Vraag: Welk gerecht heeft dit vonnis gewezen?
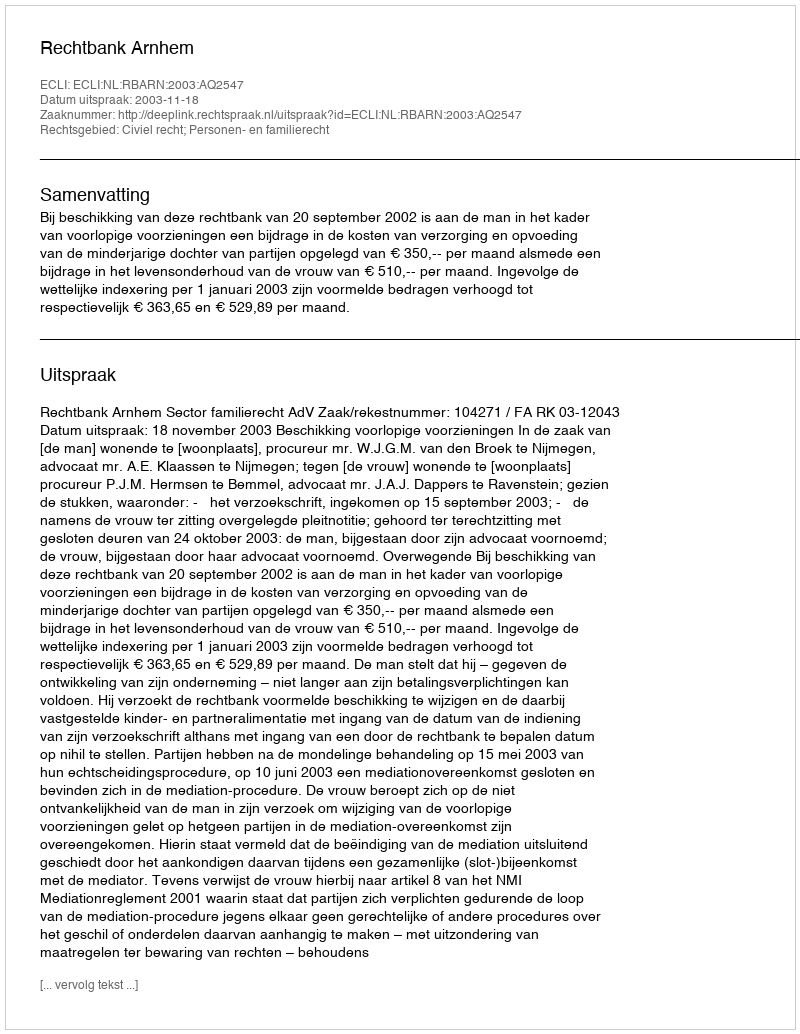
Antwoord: Rechtbank Arnhem